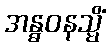
အန္ဓဝနသ္မိံ